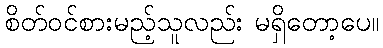
စိတ်ဝင်စားမည့်သူလည်း မရှိတော့ပေ။